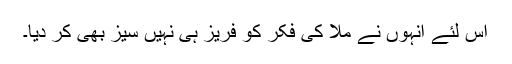
اس لئے انہوں نے ملّاؔ کی فکر کو فریز ہی نہیں سیز بھی کر دیا۔